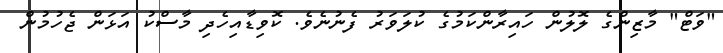
"ވަޓް" މާޒިންގެ ލޮލުން ހައިރާންކަމުގެ ކުލަވަރު ފެނުނެވެ. ކޮވިޑާއިހެދި މާސްކު އަޅަން ޖެހުމުން